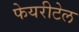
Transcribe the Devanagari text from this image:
फेयरीटेल